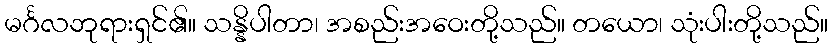
မင်္ဂလဘုရားရှင်၏။ သန္နိပါတာ၊ အစည်းအဝေးတို့သည်။ တယော၊ သုံးပါးတို့သည်။